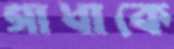
গাধাকে